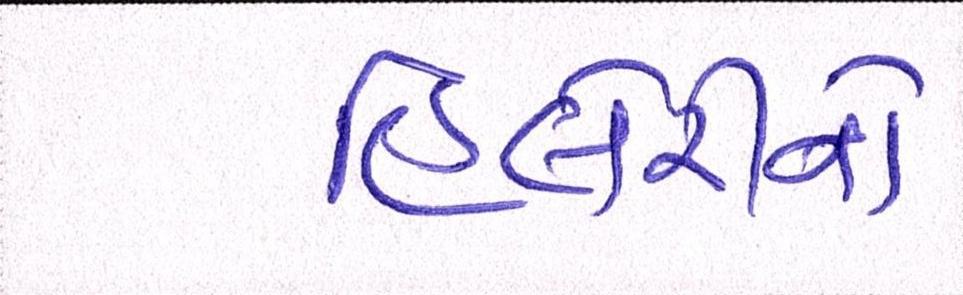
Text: હિલેરીનો